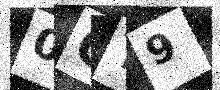
Text: 0QT9